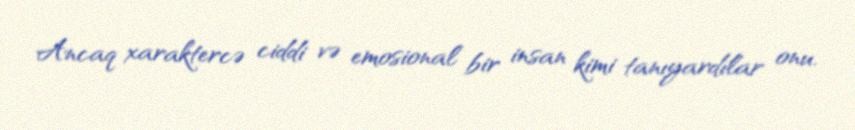
Ancaq xaraktercə ciddi və emosional bir insan kimi tanıyardılar onu.